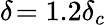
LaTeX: \delta\! =1.2\delta_{c}